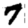
Digit: 7